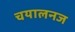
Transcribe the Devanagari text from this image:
चयालनज